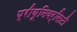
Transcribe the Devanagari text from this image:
प्रीयूनिवर्सिटी